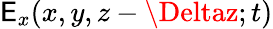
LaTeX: \mathsf{E}_{x}(x,y,z-\Deltaz;t)